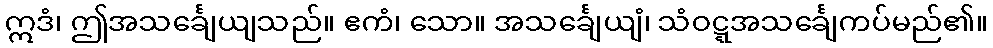
ဣဒံ၊ ဤအသင်္ချေယျသည်။ ဧကံ၊ သော။ အသင်္ချေယျံ၊ သံဝဋ္ဋအသင်္ချေကပ်မည်၏။